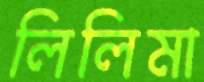
লিলিমা